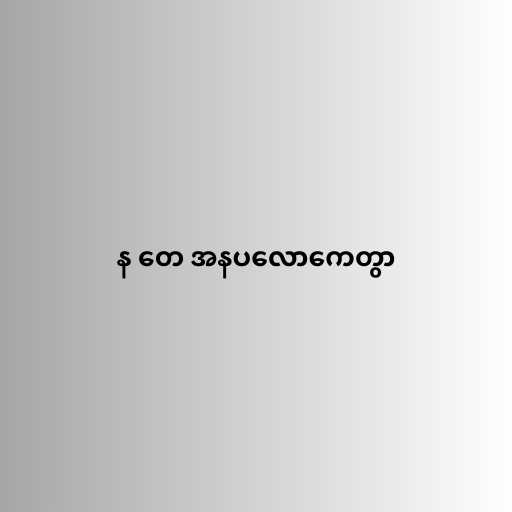
န တေ အနပလောကေတွာ